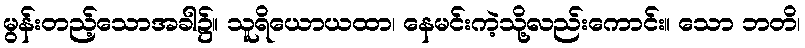
မွန်းတည့်သောအခါ၌။ သူရိယောယထာ၊ နေမင်းကဲ့သို့လည်းကောင်း။ သော ဘတိ၊